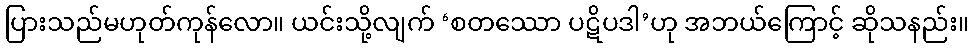
ပြားသည်မဟုတ်ကုန်လော။ ယင်းသို့လျက် ‘စတဿော ပဋိပဒါ’ဟု အဘယ်ကြောင့် ဆိုသနည်း။